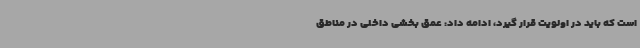
است که باید در اولویت قرار گیرد، ادامه داد: عمق بخشی داخلی در مناطق